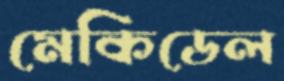
মেকিডেল